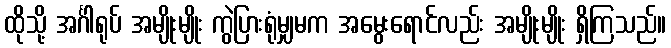
ထိုသို့ အင်္ဂါရုပ် အမျိုးမျိုး ကွဲပြားရုံမျှမက အမွေးရောင်လည်း အမျိုးမျိုး ရှိကြသည်။